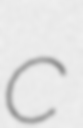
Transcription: c